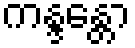
ကန္ဒန္တော